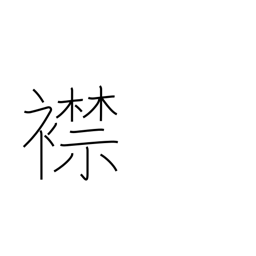
Meaning: one's inner feelings